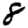
Digit: 8